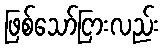
ဖြစ်သော်ငြားလည်း